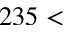
2 3 5 <